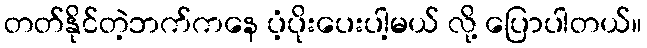
တတ်နိုင်တဲ့ဘက်ကနေ ပံ့ပိုးပေးပါ့မယ် လို့ ပြောပါတယ်။